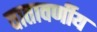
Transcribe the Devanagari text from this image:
वातावर्णीय